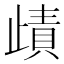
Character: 歵